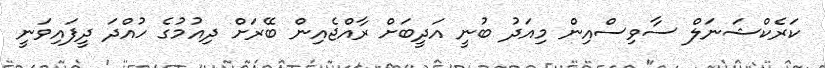
ކަރެކްޝަނަލް ސާވިސްއިން މިއަދު ބުނީ އަދީބަށް ރާއްޖެއިން ބޭރަށް ދިއުމުގެ ހުއްދަ ދީފައިވަނީ